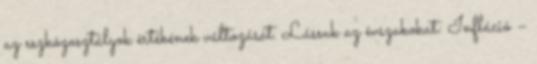
az eszközosztályok értékének változását. Lássuk az évszakokat: Infláció –